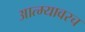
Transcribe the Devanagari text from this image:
आत्म्यावरच